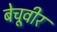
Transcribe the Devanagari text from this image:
बेचूवीर